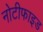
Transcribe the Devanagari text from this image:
नोटीफाइड